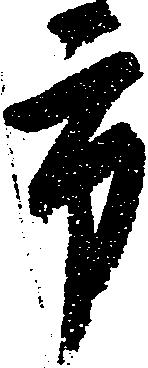
市